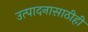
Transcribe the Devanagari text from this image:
उत्पादनासाठीही